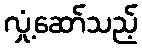
လှုံ့ဆော်သည့်